Vaccination in the Punjab 1905-1918 - 1905-1918
Year: 1905
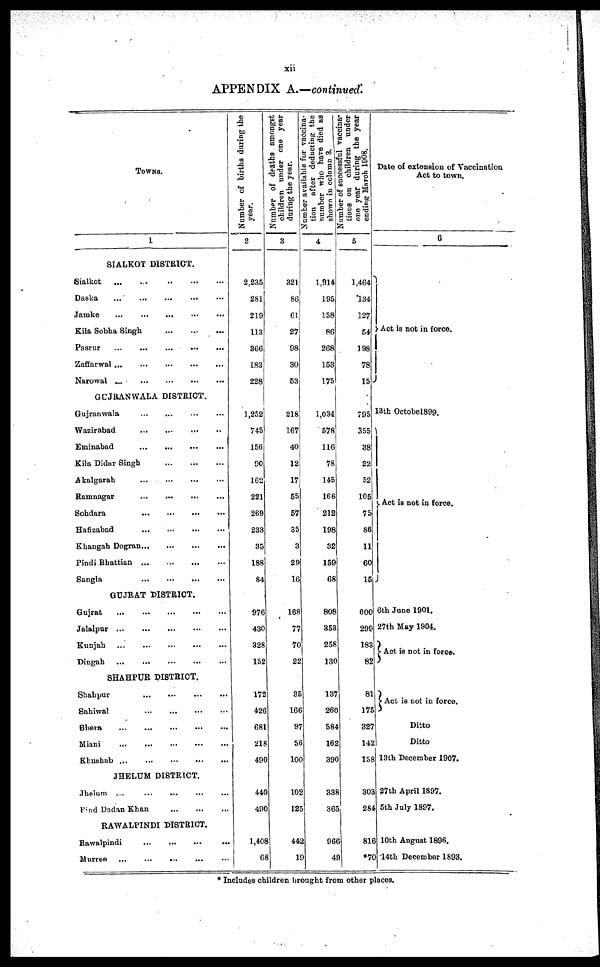
xii
APPENDIX A.—continued.
TOWNS.
1
SIALKOT DISTRICT.
Sialkot
...
...
...
...
...
Daska
...
...
...
...
...
Jamke
...
...
...
...
...
Kila Sobha Singh ... ... ...
Pasrur
...
...
...
...
...
Zaffarwal
...
...
...
...
...
Narowal
...
...
...
...
...
GUJRANWALA DISTRICT.
Gujranwala
...
...
...
...
Wazirabad
...
...
...
...
Eminabad
...
...
...
...
Kila Didar Singh
...
...
...
Akalgarah
...
...
...
...
Ramnagar ... ... ... ...
Sohdara
...
...
...
...
Hafizabad
...
...
...
...
Khangah Dogran
...
...
...
...
Pindi Bhattian
...
...
...
...
Sangla
...
...
...
...
GUJRAT DISTRICT.
Gujrat
...
...
...
...
...
Jalalpur
...
...
...
...
...
Kunjah
...
...
...
...
...
Dingah
...
...
...
...
...
SHAHPUR DISTRICT.
Shahpur
...
...
...
...
Sahiwal
...
...
...
...
Bhera
...
...
...
...
...
Miani
...
...
...
...
...
Khushab
...
...
...
...
...
JHELUM DISTRICT.
Jhelum ... ... ... ... ...
Pind Dadan Khan
...
...
...
RAWALPINDI DISTRICT.
Rawalpindi
...
...
...
...
Murree
...
...
...
...
...
Number of births during the
year.
2
2,235
281
219
113
366
183
228
],252
745
156
90
162
221
269
233
35
188
84
976
430
328
152
172
426
681
218
490
440
490
1,408
68
Number of deaths amongst
children under one year
during the year.
3
321
86
61
27
98
30
53
218
167
40
12
17
55
57
35
3
29
16
168
77
70
22
35
166
97
56
100
102
125
442
19
Number available for vaccina-
tion after deducting the
number who have died as
shown in column 3.
4
1,914
195
158
86
268
153
175
1,034
578
116
78
145
166
212
198
32
159
68
808
353
258
130
137
260
584
162
390
338
365
966
49
Number of successful vaccina-
tions on children under
one year during the year
ending March 1908.
5
1,464
134
127
54
198
78
15
795
355
38
22
52
105
75
86
11
60
15
600
299
183
82
81
175
327
142
158
303
284
816
*70
Date of extension of Vaccination
Act to town.
6
Act is not in force.
13th Octobel899.
Act is not in force.
6th June 1901.
27th May 1904.
Act is not in force.
Act is not in force.
Ditto
Ditto
13th December 1907.
27th April 1897.
5th July 1897.
10th August 1896.
14th December 1893.
* Includes children brought from other places.